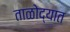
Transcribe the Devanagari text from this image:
ताळोद्यात